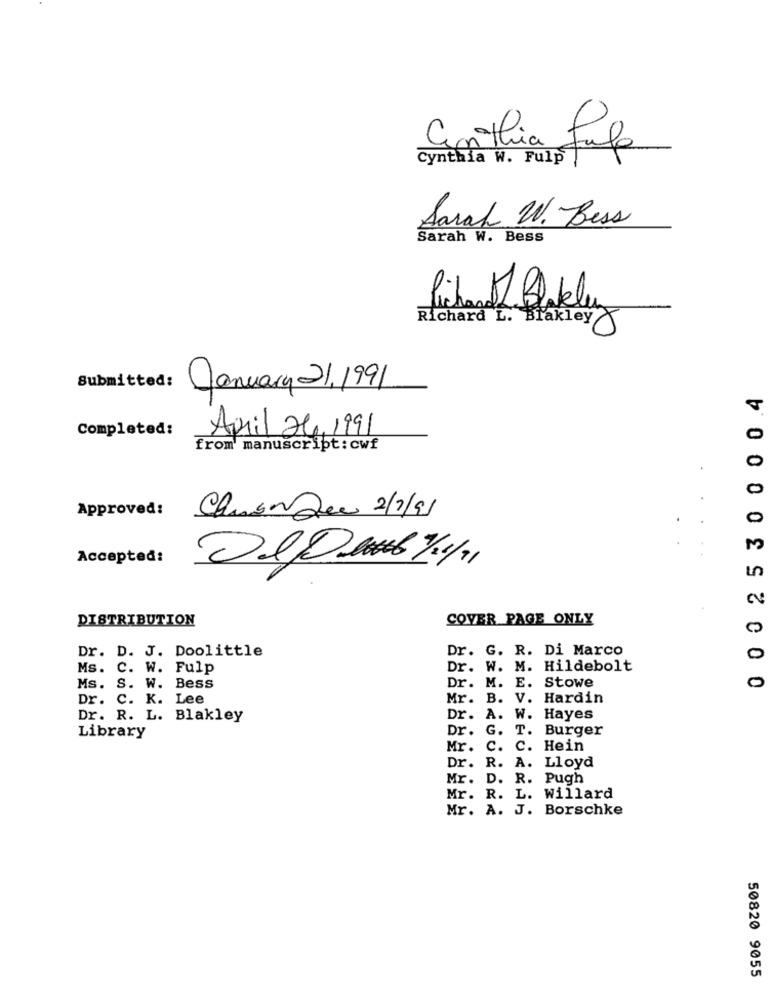
Cynthia W. Fulp
Cinthia Jule
Sarah W. Bess
Sarah W. Bess
Richard Blakler
hard
Richard L. Brakley
Submitted:
January 21.1991
0 00 25 30 0004
Completed:
April 24, 1991
from' manuscript:cwf
0
0
Approved:
Chien Que 2/7/91
M
Accepted:
OLDAL 1/4/11
2
DISTRIBUTION
COVER PAGE ONLY
Dr. D. J. Doolittle
Dr. G. R. Di Marco
0
Ms. C. W. Fulp
Dr. W. M. Hildebolt
0
Ms. S. W. Bess
Dr. M. E. Stowe
Dr. C. K. Lee
Mr. B. V. Hardin
Dr. R. L. Blakley
Dr. A. W. Hayes
Dr.
G. T. Burger
Library
Mr.
C. C. Hein
Dr. R. A. Lloyd
Mr. D. R. Pugh
Mr. R. L. Willard
Mr. A. J. Borschke
50820 9055